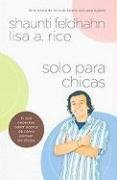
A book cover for Solo Para Chicas: Lo Que Necesitas Saber Acerca de Como Piensan los Chicos = For Young Women Only (Spanish Edition); Shaunti Feldhahn; Religion & Spirituality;